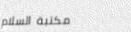
مكتبة السلام